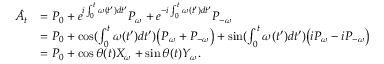
\begin{array} { r l } { \hat { A } _ { t } } & { = P _ { 0 } + e ^ { i \int _ { 0 } ^ { t } \omega ( t ^ { \prime } ) d t ^ { \prime } } P _ { \omega } + e ^ { - i \int _ { 0 } ^ { t } \omega ( t ^ { \prime } ) d t ^ { \prime } } P _ { - \omega } } \\ & { = P _ { 0 } + \cos ( \int _ { 0 } ^ { t } \omega ( t ^ { \prime } ) d t ^ { \prime } ) \big ( P _ { \omega } + P _ { - \omega } \big ) + \sin ( \int _ { 0 } ^ { t } \omega ( t ^ { \prime } ) d t ^ { \prime } ) \big ( i P _ { \omega } - i P _ { - \omega } \big ) } \\ & { = P _ { 0 } + \cos { \theta ( t ) } X _ { \omega } + \sin { \theta ( t ) } Y _ { \omega } . } \end{array}